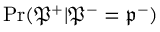
\operatorname* { P r } ( \mathfrak { P } ^ { + } | \mathfrak { P } ^ { - } = \mathfrak { p } ^ { - } )